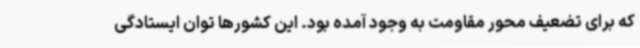
که برای تضعیف محور مقاومت به وجود آمده بود. این کشورها توان ایستادگی